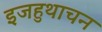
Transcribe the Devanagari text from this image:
इजहुथाचन